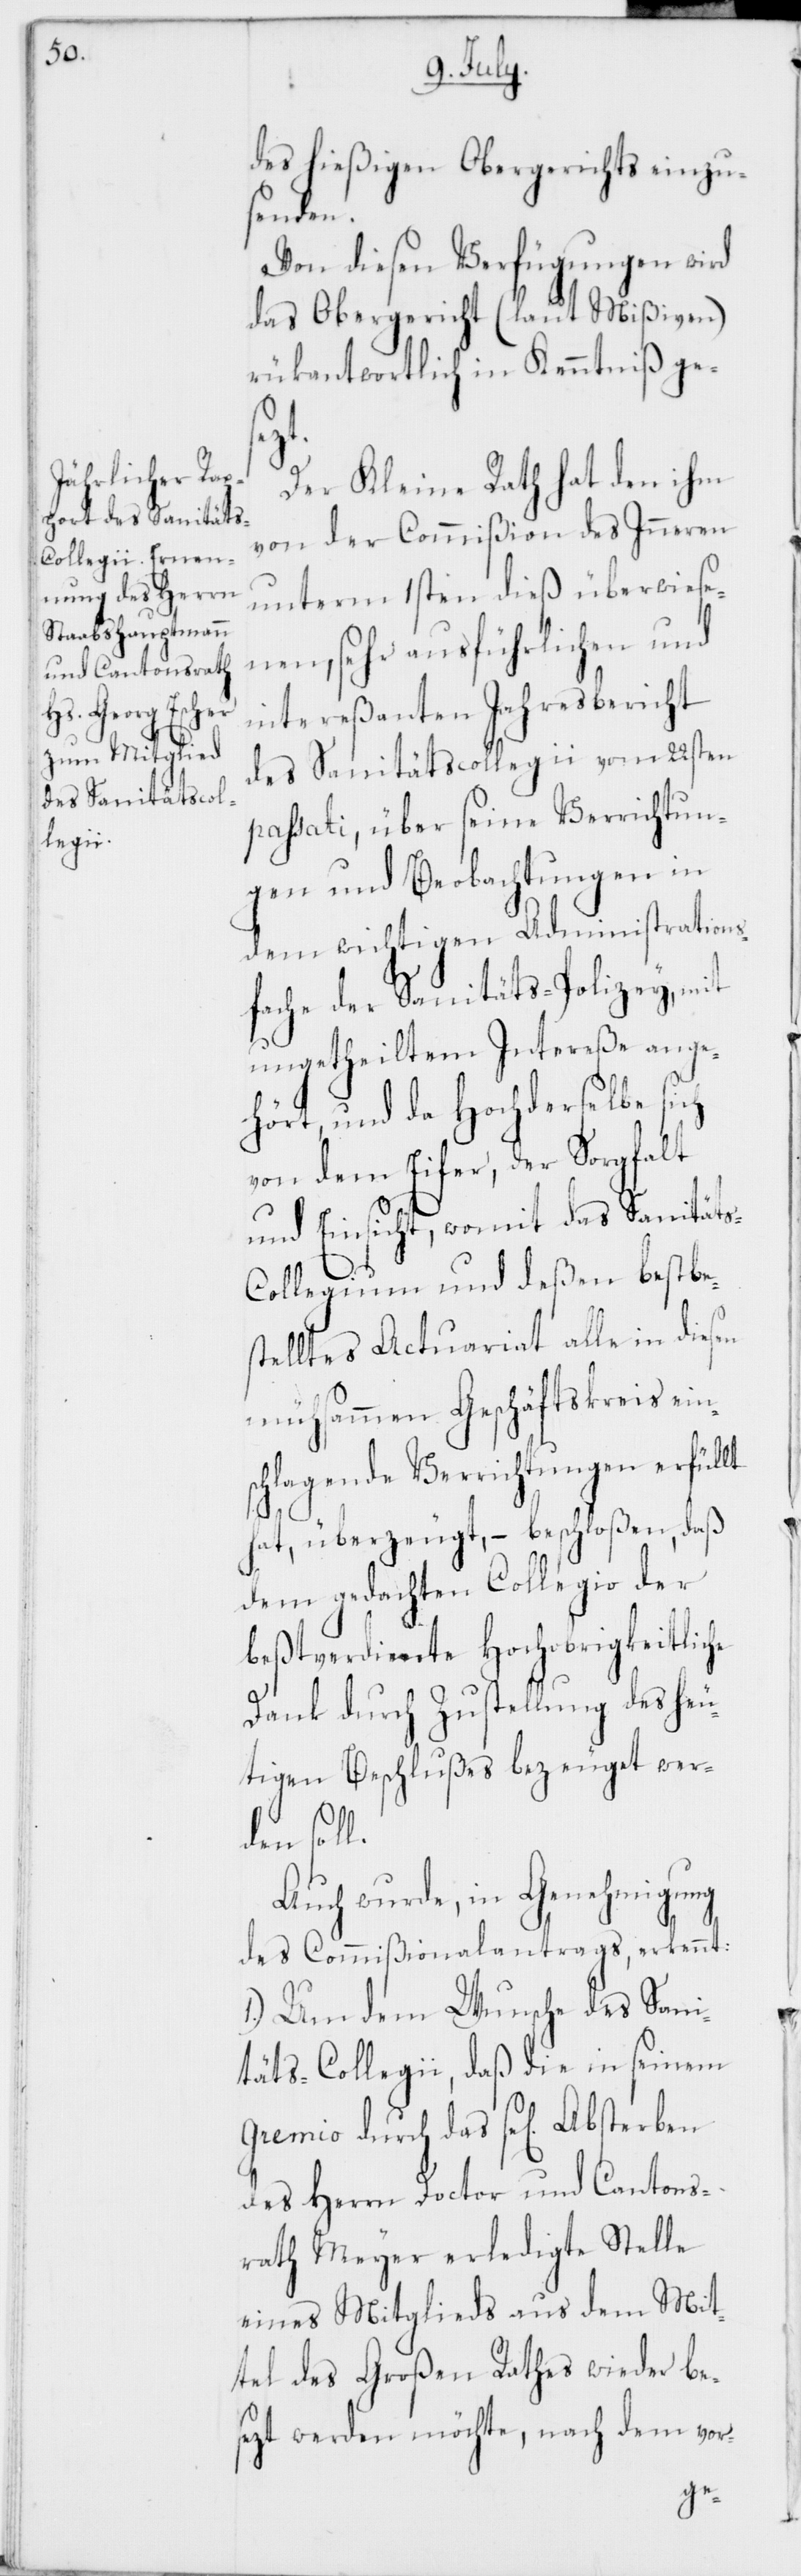
des hießigen Obergerichts einzu¬
senden.
Von diesen Verfügungen wird
das Obergericht (laut Mißiven)
rükantwortlich in Kenntniß ges¬
s-C¬
Der Kleine Rath hat den ihm
von der Commißion des Inneren
unterm 1sten dieß überwiese¬
nen, sehr ausführlichen und
intereßanten Jahresbericht
des Sanitätscollegii vom 22sten
passati, über seine Verrichtun¬
gen und Beobachtungen in
dem wichtigen Administrations¬
fache der Sanitäts-Polizey, mit
ungetheiltem Intereße ange¬
hört, und da Hochderselbe sich
von dem Eifer, der Sorgfalt
und Einsicht, womit das Sanität¬
ollegium und deßen bestbes¬
telltes Actuariat alle in diesen
mühsammen Geschäftskreis eins¬
chlagende Verrichtungen erfüllt
hat, überzeugt, – beschloßen, daß
dem gedachten Collegio der
beßtverdiente Hochobrigkeitliche
Dank durch Zustellung des heu¬
tigen Beschlußes bezeugt wer¬
den soll.
Auch wurde, in Genehmigung
des Commißionalantrags, erkennt:
1.) Um dem Wunsche des Sani¬
täts-Collegii, daß die in seinem
Gremio durch das sel. Absterben
des Herrn Doctor und Cantons¬
rath Meyer erledigte Stelle
eines Mitglieds aus dem Mit¬
tel des Großen Rathes wieder be¬
sezt werden möchte, nach dem vor-